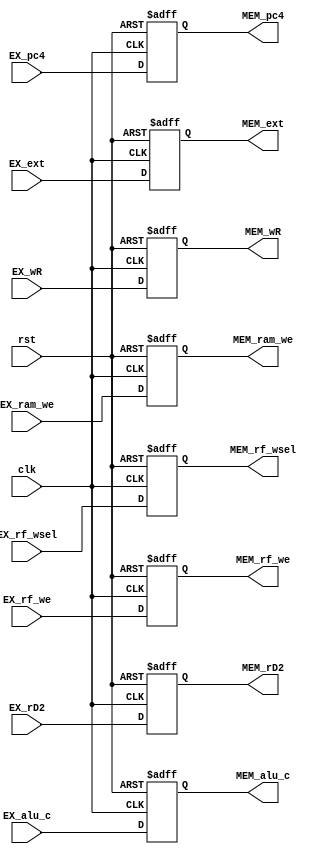
module EX_MEM(
  input wire clk,
  input wire rst,
  
  input wire EX_ram_we,
  input wire EX_rf_we,
  input wire[1:0] EX_rf_wsel,
  input wire[4:0] EX_wR,
  input wire[31:0] EX_pc4,
  input wire[31:0] EX_alu_c,
  input wire[31:0] EX_rD2,
  input wire[31:0] EX_ext,

  output reg MEM_ram_we,
  output reg MEM_rf_we,
  output reg[1:0] MEM_rf_wsel,
  output reg[4:0] MEM_wR,
  output reg[31:0] MEM_pc4,
  output reg[31:0] MEM_alu_c,
  output reg[31:0] MEM_rD2,
  output reg[31:0] MEM_ext
);

always @(posedge clk or posedge rst) begin
  if(rst) MEM_ram_we <= 0;
  else MEM_ram_we <= EX_ram_we;
end

always @(posedge clk or posedge rst) begin
  if(rst) MEM_rf_we <= 0;
  else MEM_rf_we <= EX_rf_we;
end

always @(posedge clk or posedge rst) begin
  if(rst) MEM_rf_wsel <= 0;
  else MEM_rf_wsel <= EX_rf_wsel;
end

always @(posedge clk or posedge rst) begin
  if(rst) MEM_wR <= 0;
  else MEM_wR <= EX_wR;
end

always @(posedge clk or posedge rst) begin
  if(rst) MEM_pc4 <= 0;
  else MEM_pc4 <= EX_pc4;
end

always @(posedge clk or posedge rst) begin
  if(rst) MEM_alu_c <= 0;
  else MEM_alu_c <= EX_alu_c;
end

always @(posedge clk or posedge rst) begin
  if(rst) MEM_rD2 <= 0;
  else MEM_rD2 <= EX_rD2;
end

always @(posedge clk or posedge rst) begin
  if(rst) MEM_ext <= 0;
  else MEM_ext <= EX_ext;
end

endmodule